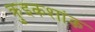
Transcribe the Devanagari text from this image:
क्रुइकशांक